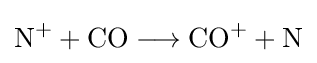
{\mathrm {N} {\vphantom {A}}^{+}{}+{}\mathrm {CO} {}\mathrel {\longrightarrow } {}\mathrm {CO} {\vphantom {A}}^{+}{}+{}\mathrm {N} }